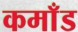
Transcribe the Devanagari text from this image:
कमाँड